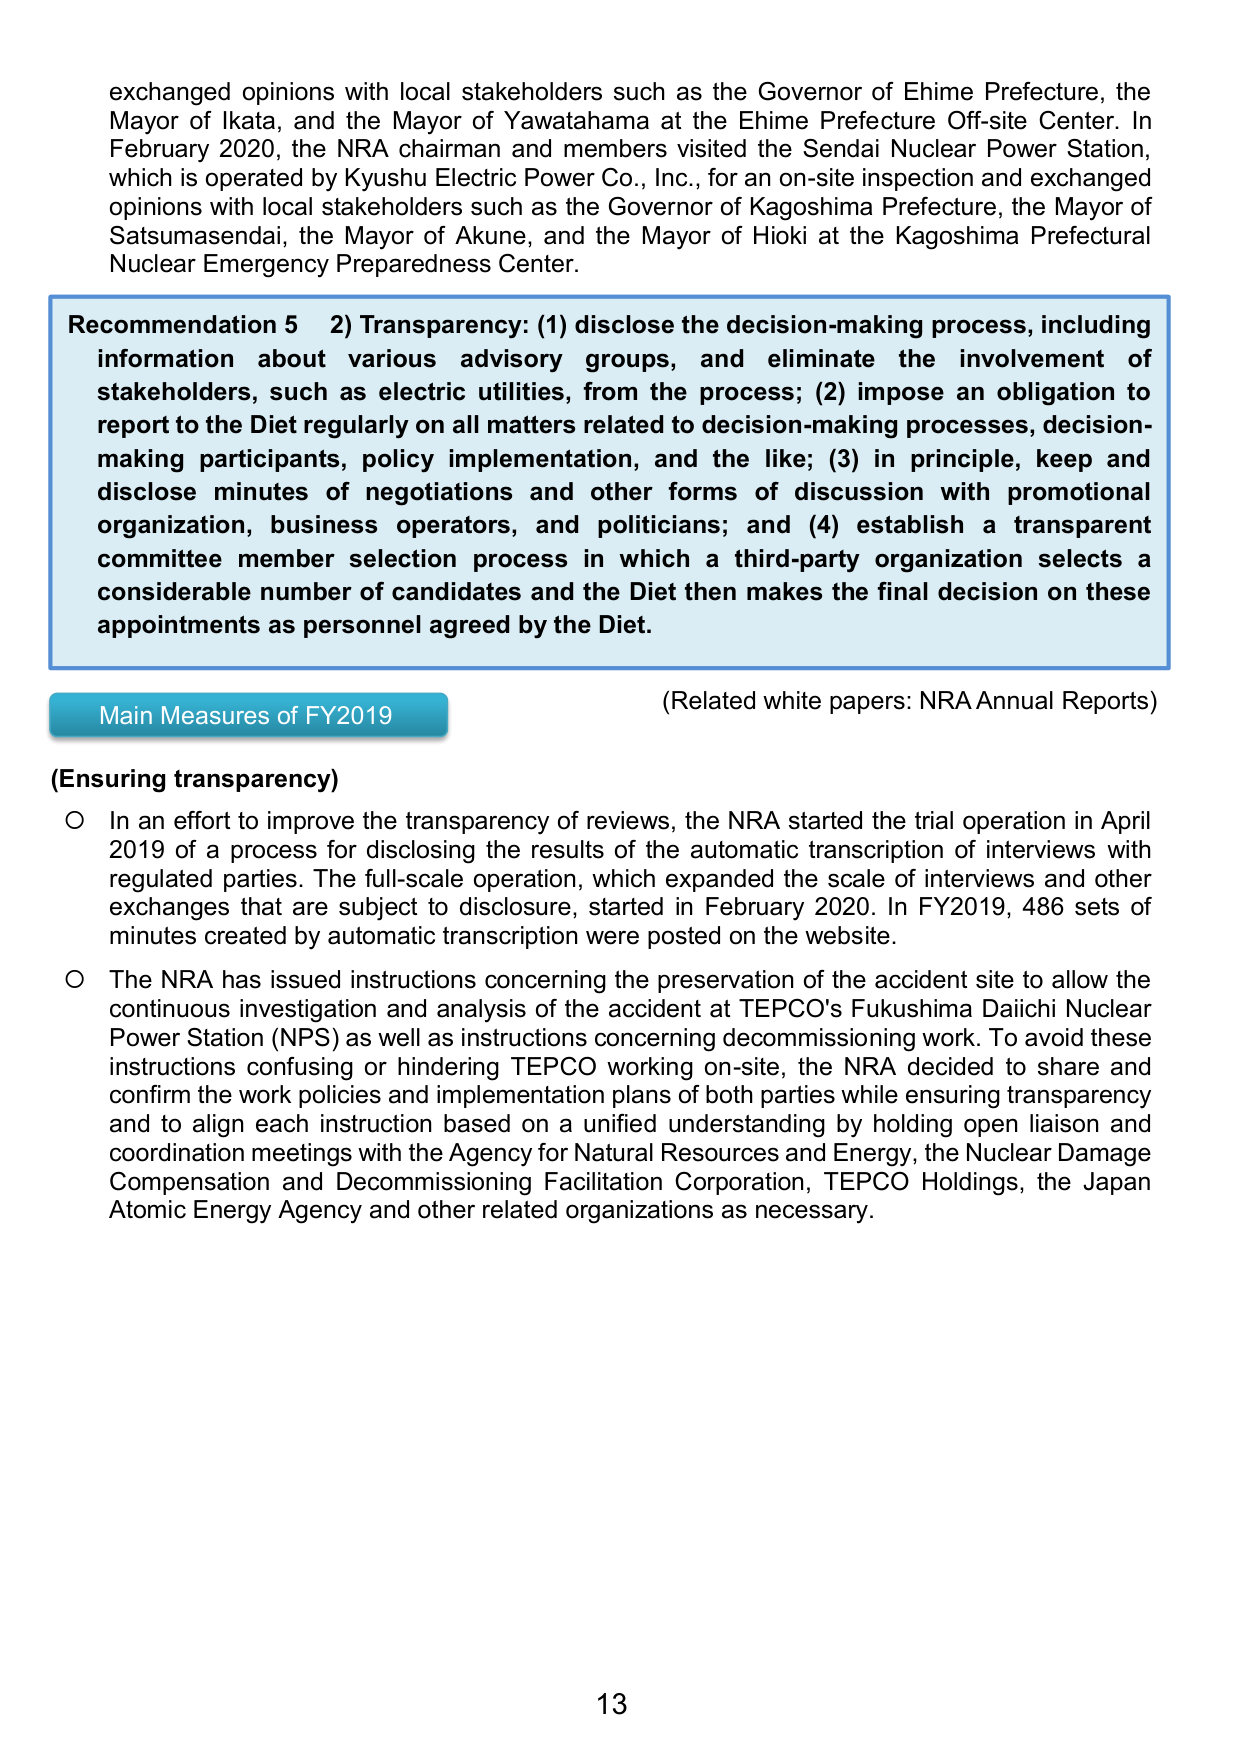
exchanged opinions with local stakeholders such as the Governor of Ehime Prefecture, the Mayor of Ikata, and the Mayor of Yawatahama at the Ehime Prefecture Off-site Center. In February 2020, the NRA chairman and members visited the Sendai Nuclear Power Station, which is operated by Kyushu Electric Power Co., Inc., for an on-site inspection and exchanged opinions with local stakeholders such as the Governor of Kagoshima Prefecture, the Mayor of Satsumasendai, the Mayor of Akune, and the Mayor of Hioki at the Kagoshima Prefectural Nuclear Emergency Preparedness Center.

Recommendation 5 2) Transparency: (1) disclose the decision-making process, including information about various advisory groups, and eliminate the involvement of stakeholders, such as electric utilities, from the process; (2) impose an obligation to report to the Diet regularly on all matters related to decision-making processes, decision-making participants, policy implementation, and the like; (3) in principle, keep and disclose minutes of negotiations and other forms of discussion with promotional organization, business operators, and politicians; and (4) establish a transparent committee member selection process in which a third-party organization selects a considerable number of candidates and the Diet then makes the final decision on these appointments as personnel agreed by the Diet.

(Related white papers: NRA Annual Reports)

Main Measures of FY2019

(Ensuring transparency)

○ In an effort to improve the transparency of reviews, the NRA started the trial operation in April 2019 of a process for disclosing the results of the automatic transcription of interviews with regulated parties. The full-scale operation, which expanded the scale of interviews and other exchanges that are subject to disclosure, started in February 2020. In FY2019, 486 sets of minutes created by automatic transcription were posted on the website.

○ The NRA has issued instructions concerning the preservation of the accident site to allow the continuous investigation and analysis of the accident at TEPCO's Fukushima Daiichi Nuclear Power Station (NPS) as well as instructions concerning decommissioning work. To avoid these instructions confusing or hindering TEPCO working on-site, the NRA decided to share and confirm the work policies and implementation plans of both parties while ensuring transparency and to align each instruction based on a unified understanding by holding open liaison and coordination meetings with the Agency for Natural Resources and Energy, the Nuclear Damage Compensation and Decommissioning Facilitation Corporation, TEPCO Holdings, the Japan Atomic Energy Agency and other related organizations as necessary.

13